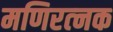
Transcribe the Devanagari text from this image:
मणिरत्‍नक